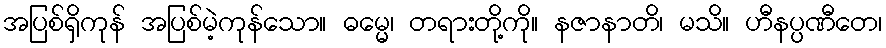
အပြစ်ရှိကုန် အပြစ်မဲ့ကုန်သော။ ဓမ္မေ၊ တရားတို့ကို။ နဇာနာတိ၊ မသိ။ ဟီနပ္ပဏီတေ၊